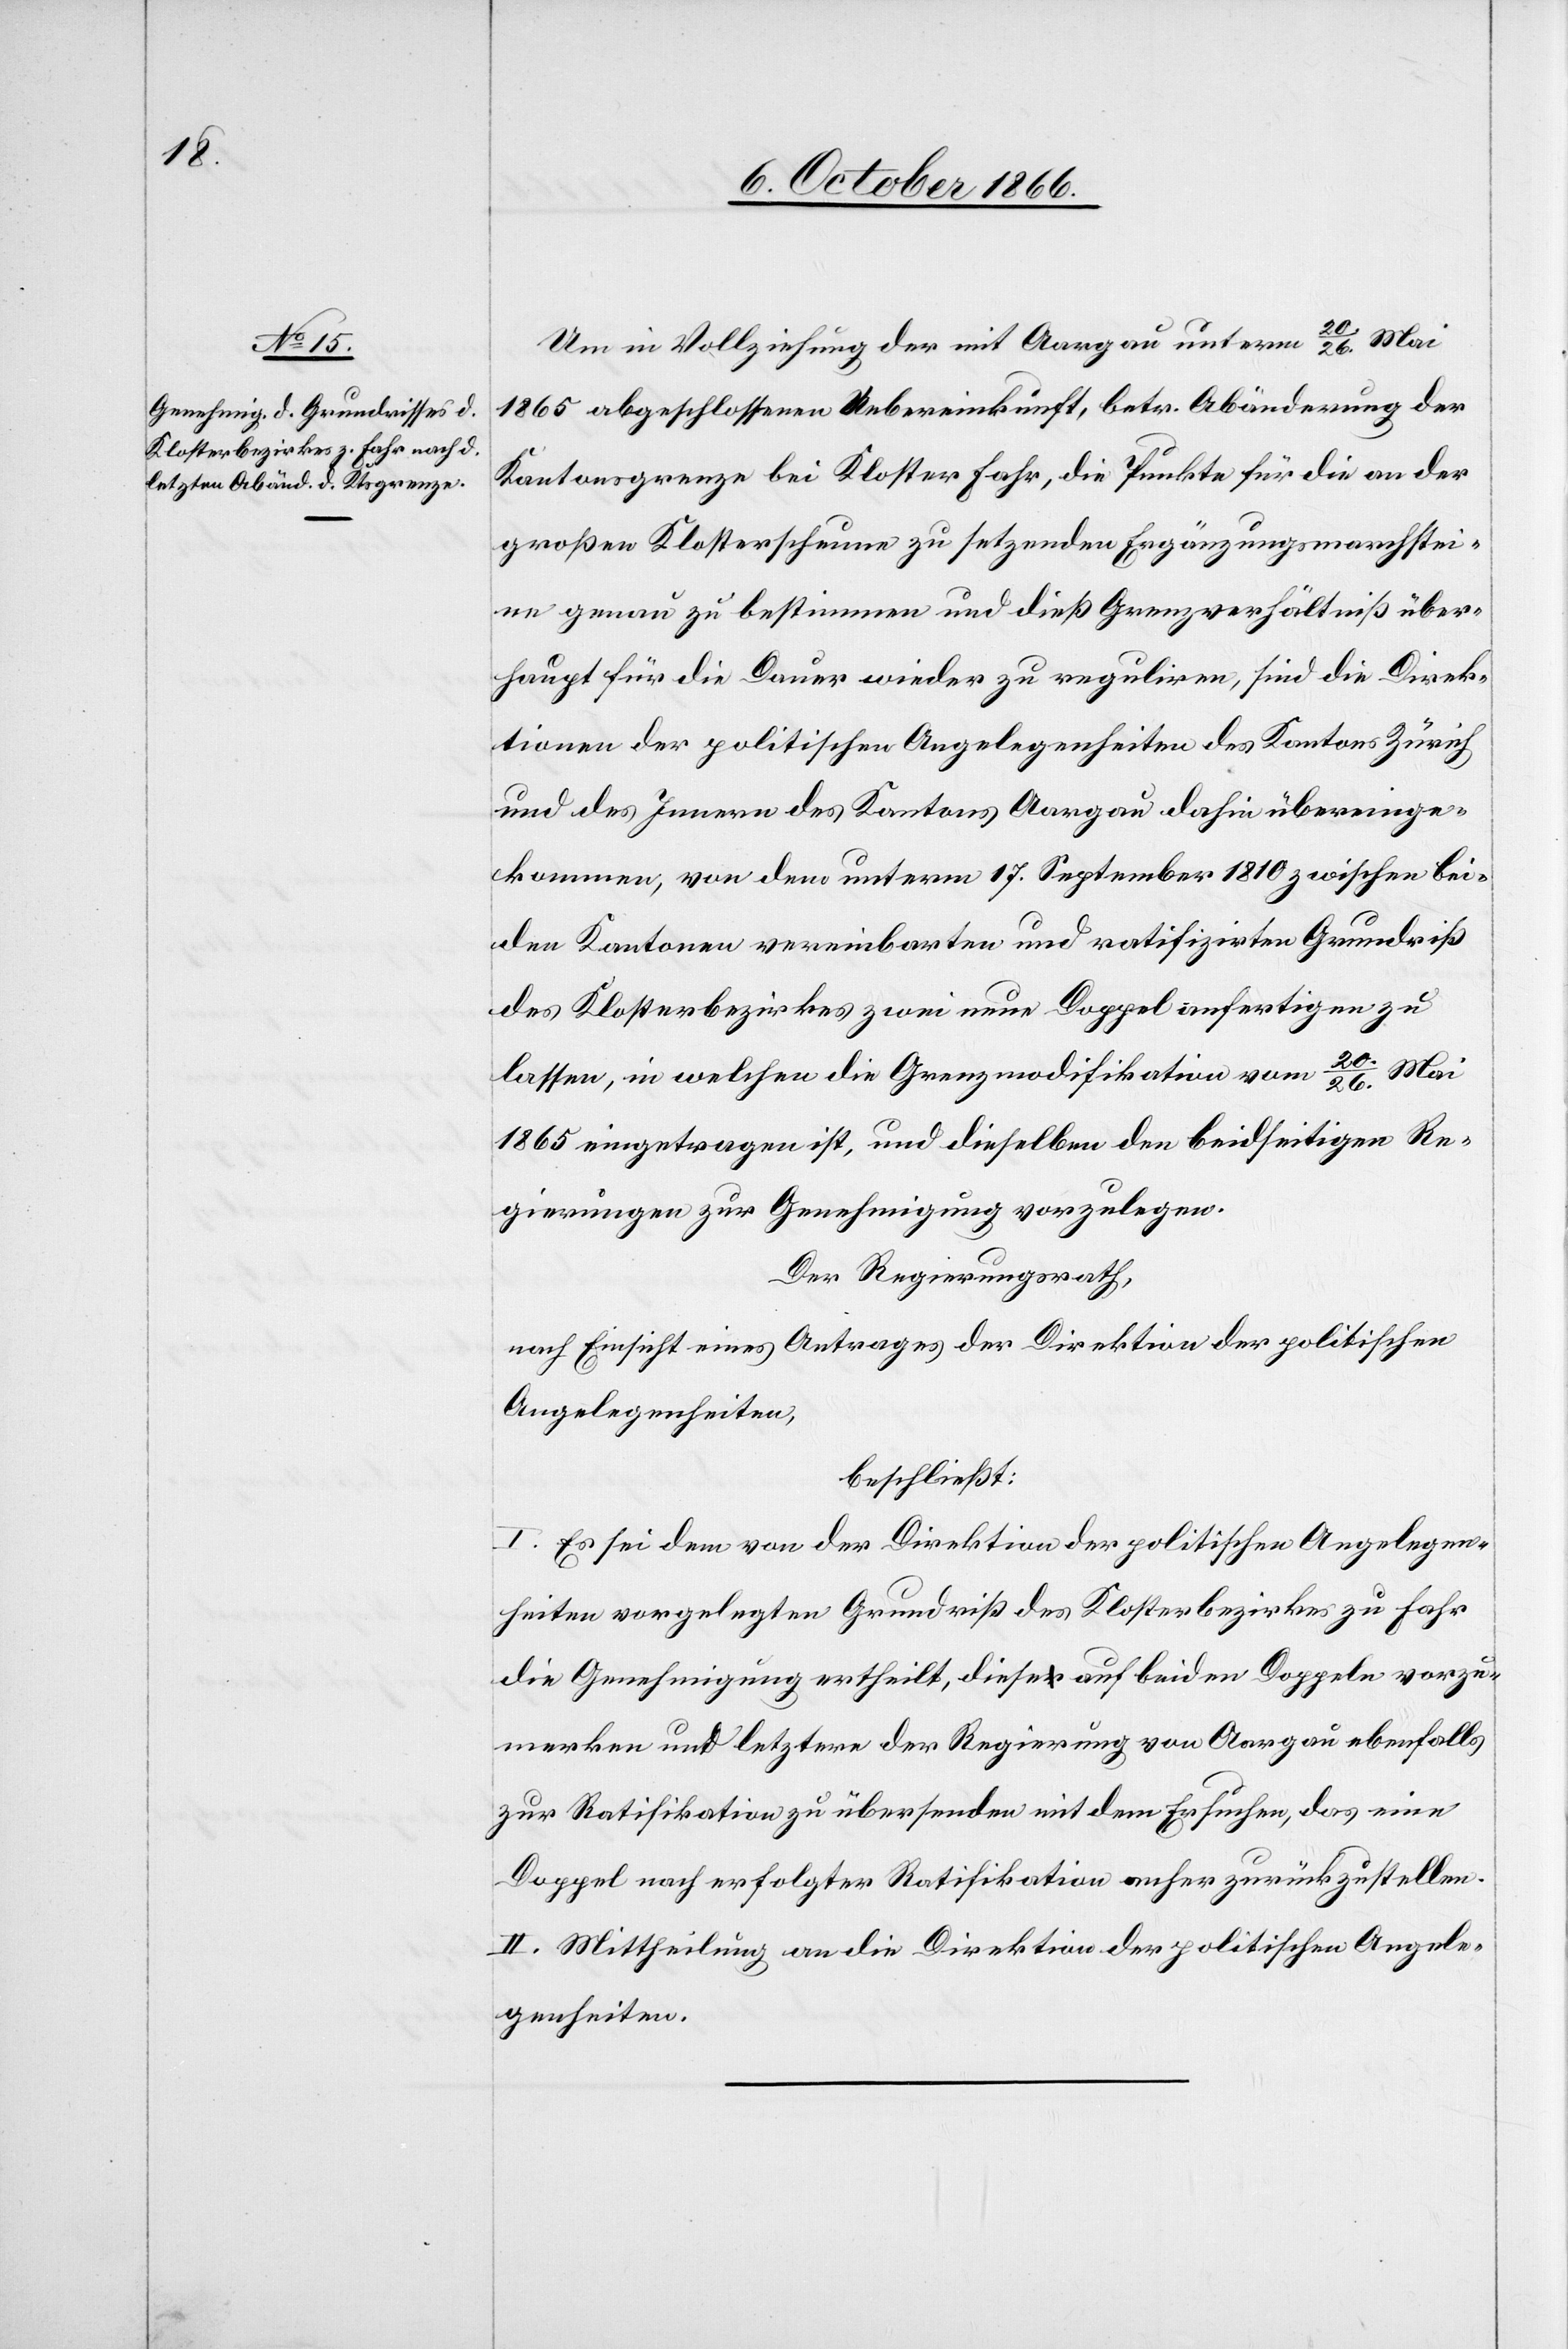
Um in Vollziehung der mit Aargau unterm 20./26. Mai
1865 abgeschlossenen Uebereinkunft, betr. Abänderung der
Kantonsgrenze bei Kloster Fahr, die Punkte für die an der
großen Klosterscheune zu setzenden Ergänzungsmarchstei¬
ne genau zu bestimmen und dieß Grenzverhältniß über¬
haupt für die Dauer wieder zu reguliren, sind die Direk¬
tionen der politischen Angelegenheiten des Kantons Zürich
und des Innern des Kantons Aargau dahin übereinge¬
kommen, von dem unterm 17. September 1810 zwischen bei¬
den Kantonen vereinbarten und ratifizirten Grundriß
des Klosterbezirkes zwei neue Doppel anfertigen zu
lassen, in welchen die Grenzmodifikation vom 20./26. Mai
1865 eingetragen ist, und dieselben den beidseitigen Re¬
gierungen zur Genehmigung vorzulegen.
Der Regierungsrath,
nach Einsicht eines Antrages der Direktion der politischen
Angelegenheiten,
beschließt:
I. Es sei dem von der Direktion der politischen Angelegen¬
heiten vorgelegten Grundriß des Klosterbezirkes zu Fahr
die Genehmigung ertheilt, diese auf beiden Doppeln vorzu¬
merken und letztere der Regierung von Aargau ebenfalls
zur Ratifikation zu übersenden mit dem Ersuchen, das eine
Doppel nach erfolgter Ratifikation anher zurückzustellen.
II. Mittheilung an die Direktion der politischen Angele¬
genheiten.